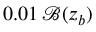
0 . 0 1 \, \mathcal { B } ( z _ { b } )